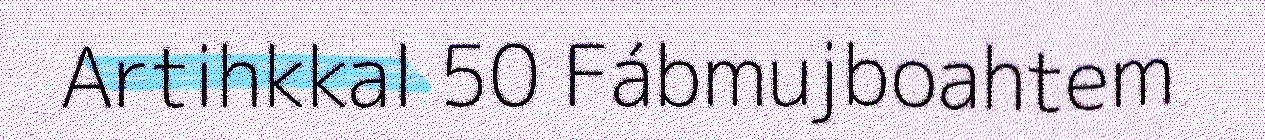
Artihkkal 50 Fábmujboahtem